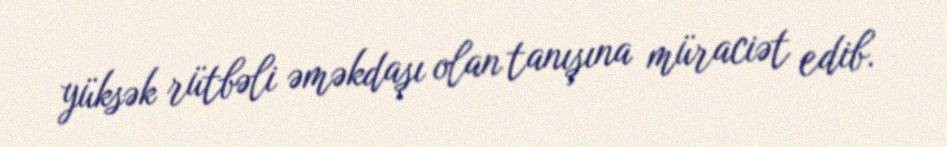
yüksək rütbəli əməkdaşı olan tanışına müraciət edib.